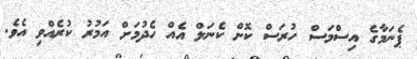
ޕެނަމާގެ އިސްމަސް ހުރަސް ކޮށް ކެނަލް އެއް ހެދުމަށް އަމުރު ކުރެއްވި އެވެ.